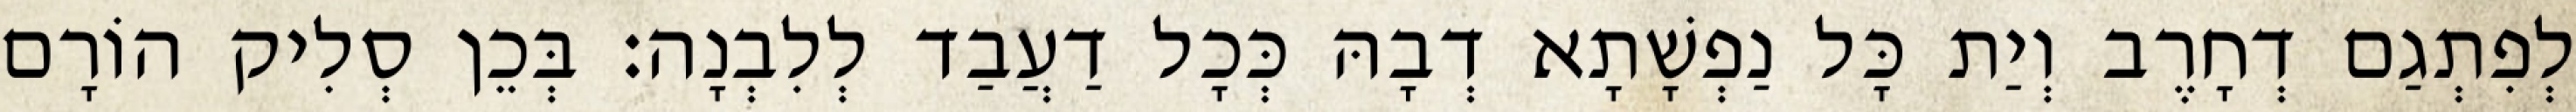
לְפִתְגַם דְחָרֶב וְיַת כָּל נַפְשָׁתָא דְבָהּ כְּכָל דַעֲבַד לְלִבְנָה׃ בְּכֵן סְלִיק הוֹרָם